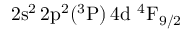
\mathrm { 2 s ^ { 2 } \, 2 p ^ { 2 } ( ^ { 3 } P ) \, 4 d ~ ^ { 4 } F _ { 9 / 2 } }